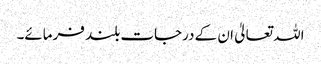
اللہ تعالیٰ ان کے درجات بلند فرمائے۔